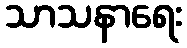
သာသနာရေး